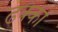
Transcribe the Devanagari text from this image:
ढक्कां